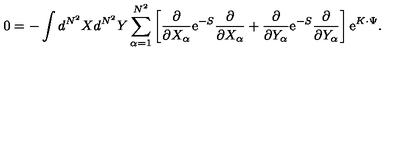
0 = - \int d ^ { N ^ { 2 } } X d ^ { N ^ { 2 } } Y \sum _ { \alpha = 1 } ^ { N ^ { 2 } } \left[ \frac { \partial } { \partial X _ { \alpha } } \mathrm { e } ^ { - S } \frac { \partial } { \partial X _ { \alpha } } + \frac { \partial } { \partial Y _ { \alpha } } \mathrm { e } ^ { - S } \frac { \partial } { \partial Y _ { \alpha } } \right] \mathrm { e } ^ { K \cdot \Psi } .